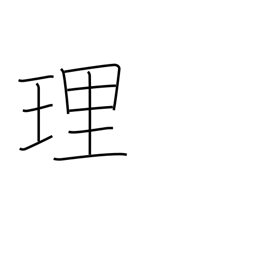
Meaning: justice